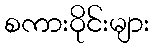
စကားဝိုင်းများ